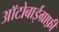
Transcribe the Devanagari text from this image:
आॅटोबाईग्राफ़ी